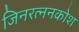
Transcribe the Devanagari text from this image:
जिनरत्ननकोश